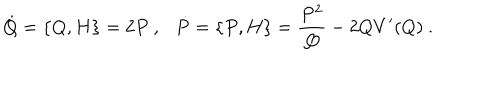
\dot { Q } = \{ Q , H \} = 2 P \ , \ \ \ \dot { P } = \{ P , H \} = \frac { P ^ { 2 } } { Q } - 2 Q V ^ { \prime } ( Q ) \ .